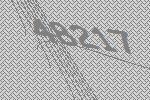
48217